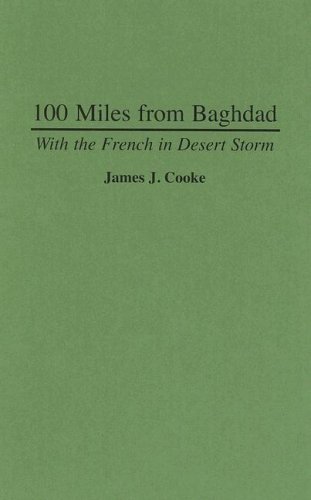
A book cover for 100 Miles from Baghdad; James J. Cooke; History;